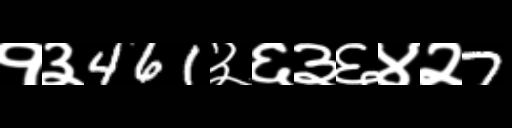
Text: १३461३६३६४२7